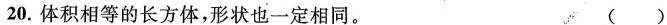
20.体积相等的长方体，形状也一定相同。 ()